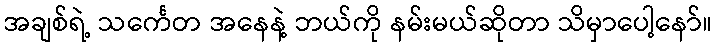
အချစ်ရဲ့ သင်္ကေတ အနေနဲ့ ဘယ်ကို နမ်းမယ်ဆိုတာ သိမှာပေါ့နော်။